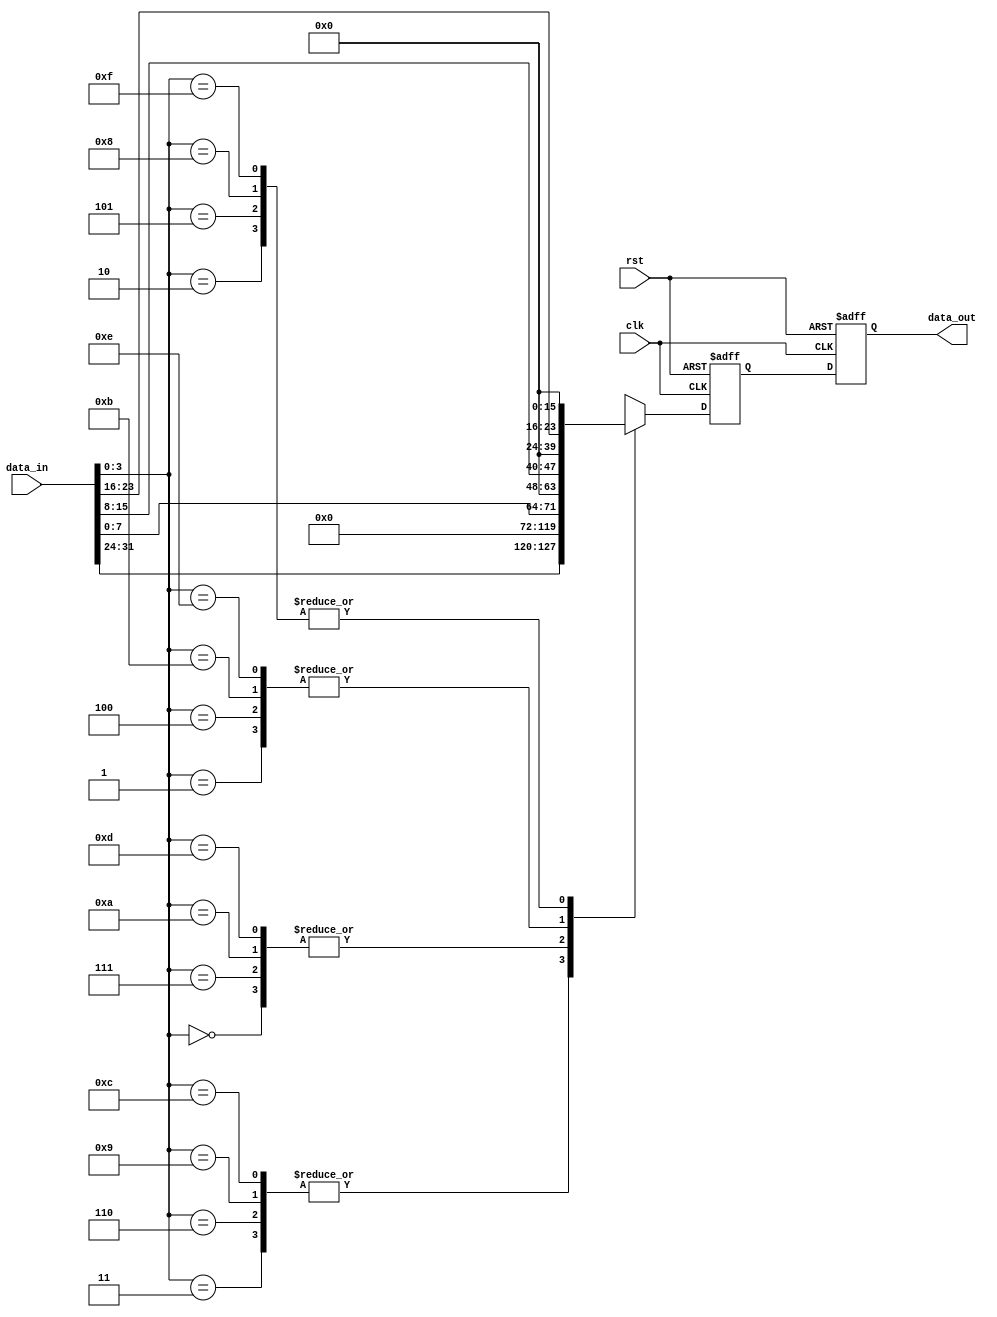
module large_mux 
#(parameter WIDTH=32)
(
    input clk,
    input rst,
    input [WIDTH-1:0] data_in,
    output reg [WIDTH-1:0] data_out
);
reg [WIDTH-1:0] data_out_reg;

// Output logic: either reset or update data_out from data_out
always @(posedge clk or posedge rst) begin
    if (rst)
        data_out_reg <= 0;
    else
        case(data_in[3:0])  // Focus on the lower 4 bits
        4'b0000: data_out_reg <= {24'b0, data_in[7:0]};
        4'b0001: data_out_reg <= {16'b0, data_in[15:8], 8'b0};
        4'b0010: data_out_reg <= {8'b0, data_in[23:16], 16'b0};
        4'b0011: data_out_reg <= {data_in[31:24], 24'b0};

        4'b0100: data_out_reg <= {16'b0, data_in[15:8], 8'b0};
        4'b0101: data_out_reg <= {8'b0, data_in[23:16], 16'b0};
        4'b0110: data_out_reg <= {data_in[31:24], 24'b0};
        4'b0111: data_out_reg <= {24'b0, data_in[7:0]};

        4'b1000: data_out_reg <= {8'b0, data_in[23:16], 16'b0};
        4'b1001: data_out_reg <= {data_in[31:24], 24'b0};
        4'b1010: data_out_reg <= {24'b0, data_in[7:0]};
        4'b1011: data_out_reg <= {16'b0, data_in[15:8], 8'b0};

        4'b1100: data_out_reg <= {data_in[31:24], 24'b0};
        4'b1101: data_out_reg <= {24'b0, data_in[7:0]};
        4'b1110: data_out_reg <= {16'b0, data_in[15:8], 8'b0};
        4'b1111: data_out_reg <= {8'b0, data_in[23:16], 16'b0};

        default: data_out_reg <= 32'd0;
        endcase
end

always @(posedge clk or posedge rst) begin
    if (rst)
        data_out <= 0;
    else
        data_out <= data_out_reg;
end

endmodule